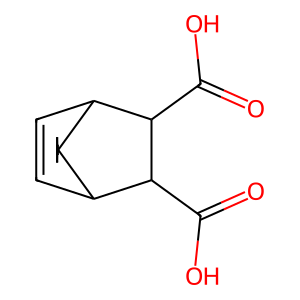
SMILES: O=C(O)C1C(C(=O)O)C2C=CC1C21CCCC1
Inhibits HIV replication: No